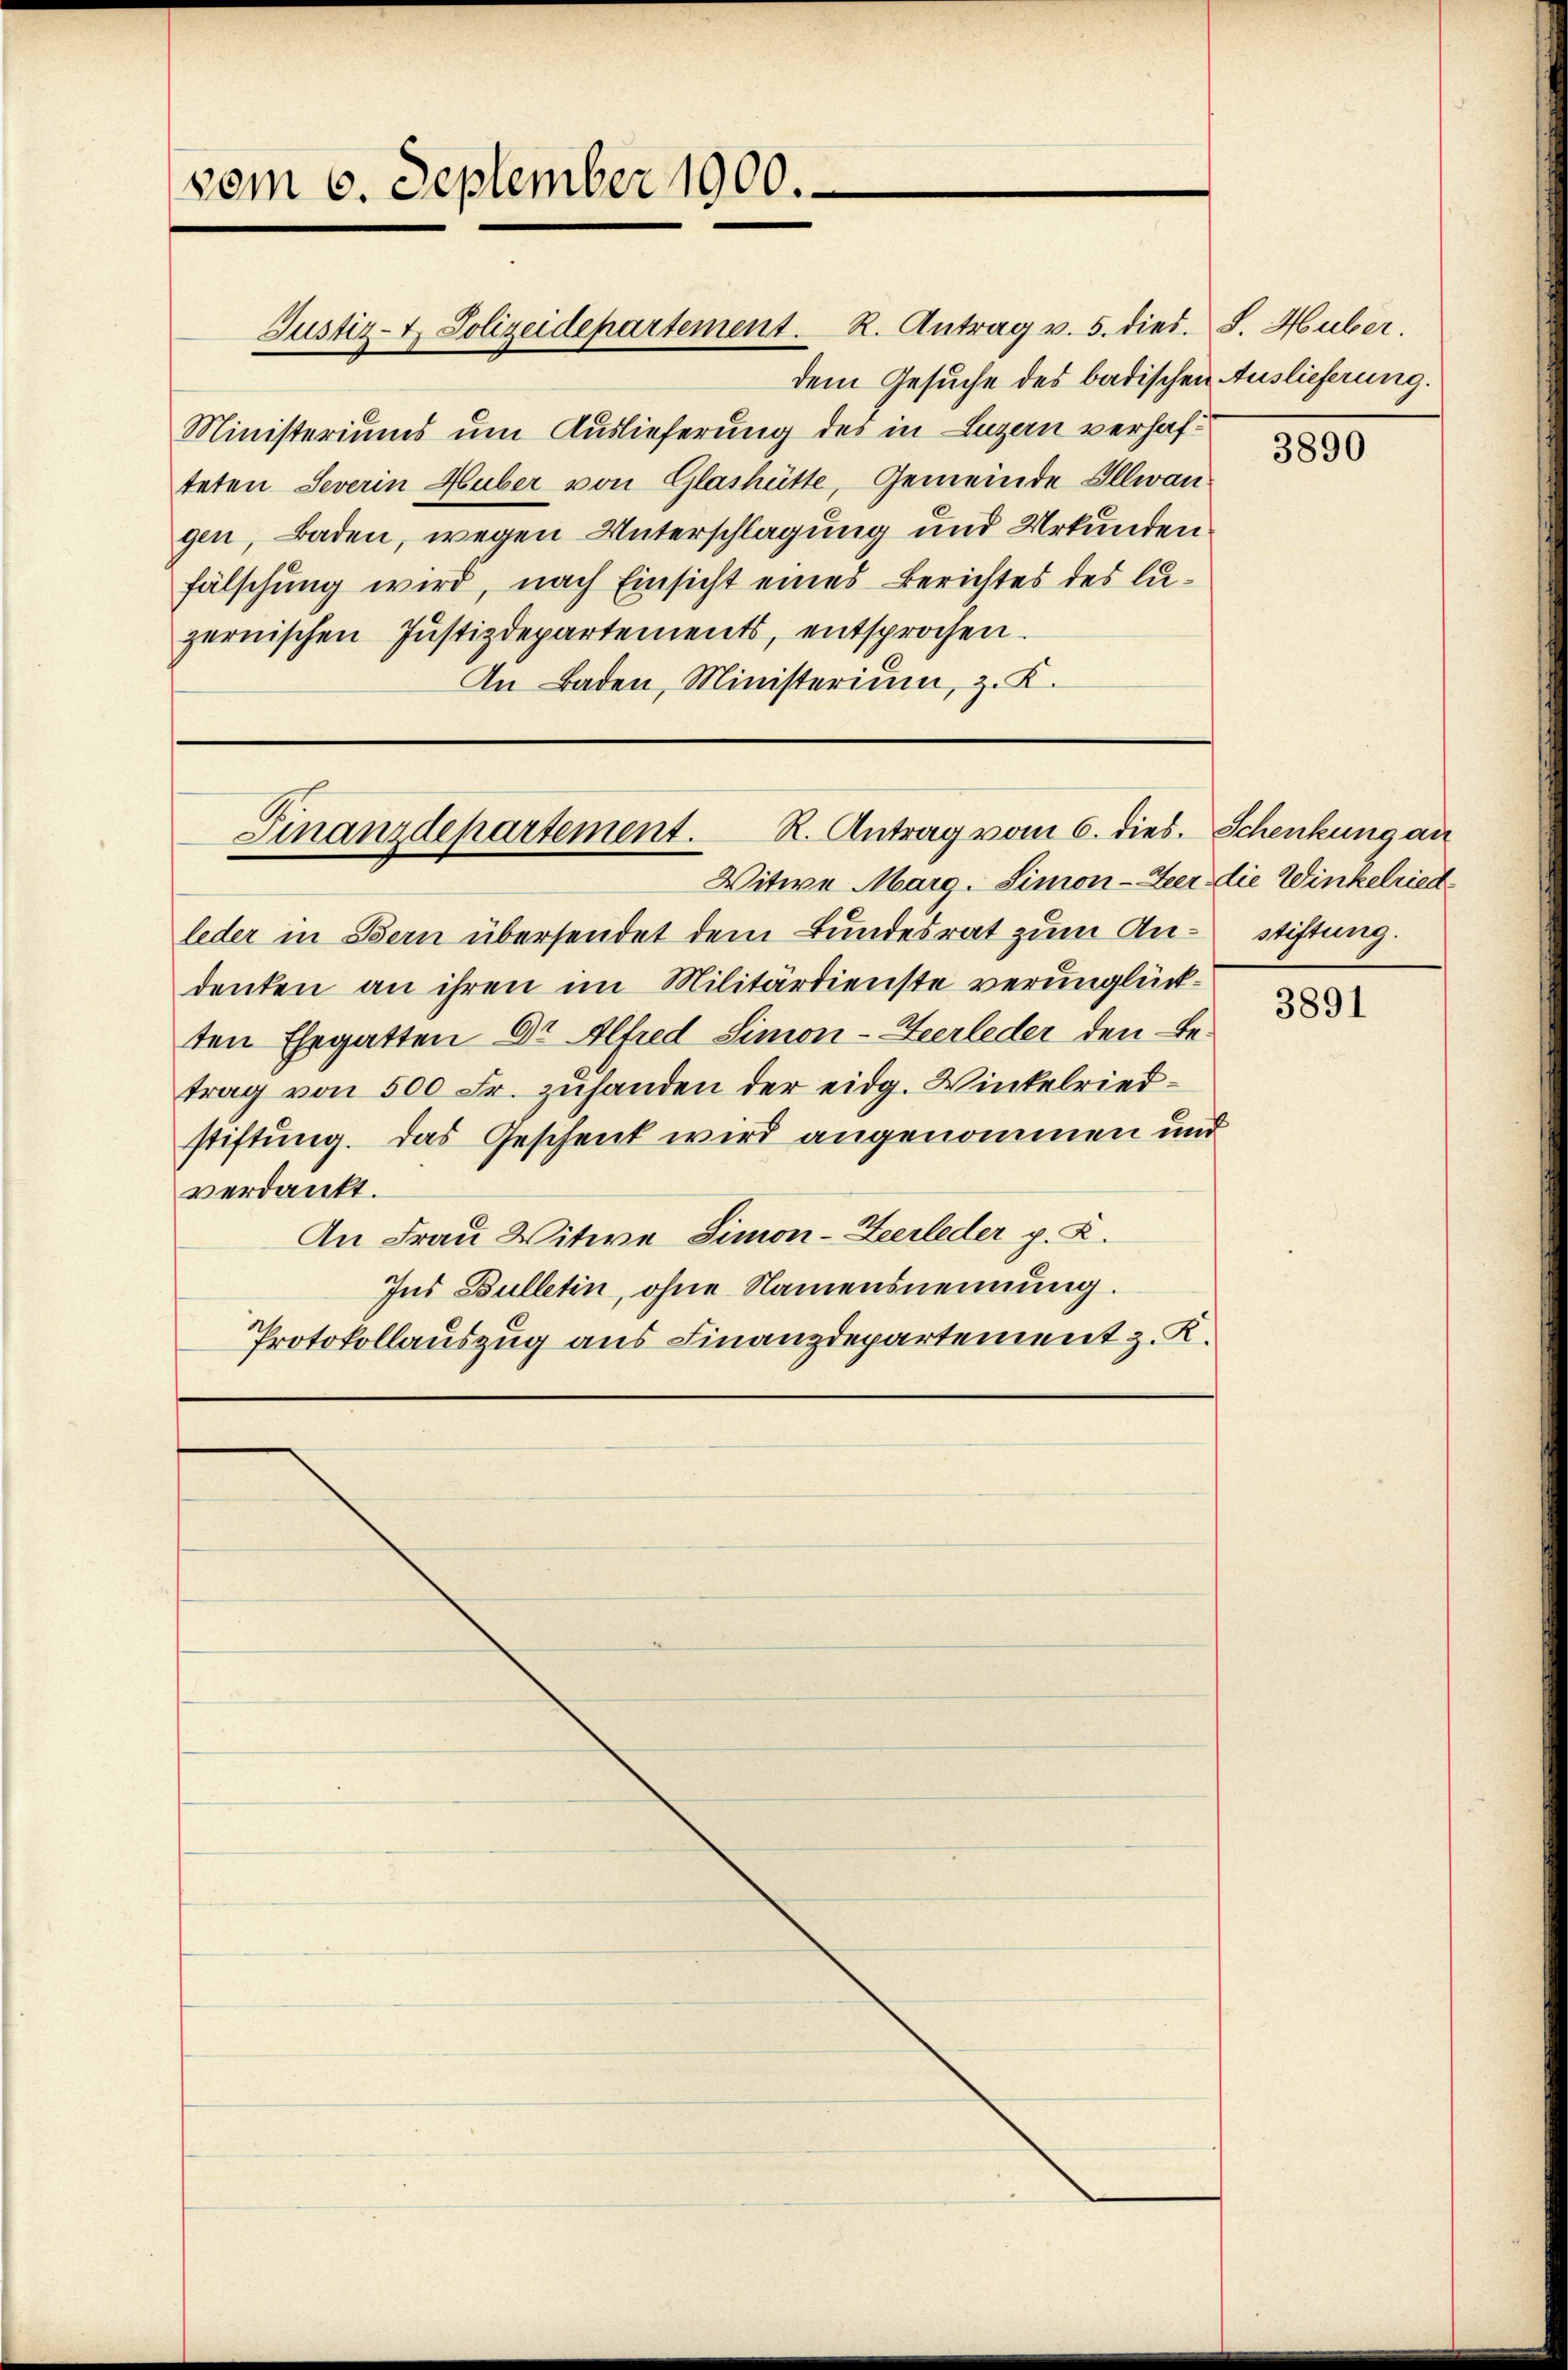
vom 6. September 1900.

Justiz- & Polizeidepartement. R. Antrag v. 5. dies. S. Huber.
dem Gesuche des badischen Auslieferung.
Ministeriums um Auslieferung des in Luzern verhafteten Severin Huber von Glashütte, Gemeinde Illwan
gen, Baden, wegen Unterschlagung und Urkunden.
fälschung wird, nach Einsicht eines Berichtes des luzernischen Justizdepartements, entsprochen.
In Baden, Ministerium, z. K.

R. Antrag vom 6. dies. Schenkung an
Finanzdepartement.

Witwe Marg. Simon - Zeer die Winkelried
leder in Bern übersendet dem Bundesrat zum Andenten an ihren im Militärdienste verunglückten Ehegatten Dr Alfred Simon - Heerleder den Betrag von 500 Fr. zuhanden der eidg. Winkelriedstiftung. Das Geschenk wird angenommen und
verdankt.
An Frau Witwe Simon - Heerleder p. K.
Ins Bulletin, ohne Namensnennung.
Protokollauszug aus Finanzdepartement z. K.

3890

stiftung.

3891